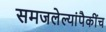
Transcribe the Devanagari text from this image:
समजलेल्यांपैकींच